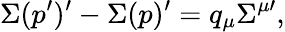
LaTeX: \Sigma(p^{\prime})^{\prime}-\Sigma(p)^{\prime}=q_{\mu}\Sigma^{\mu\prime},